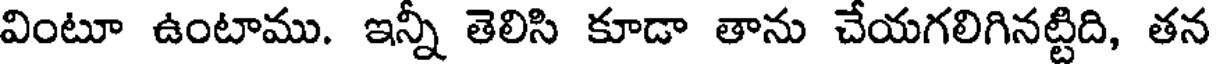
వింటూ ఉంటాము. ఇన్నీ తెలిసి కూడా తాను చేయగలిగినట్టిది, తన